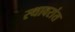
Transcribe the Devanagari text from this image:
स्थावरांत